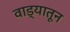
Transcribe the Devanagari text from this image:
वाड्यातून